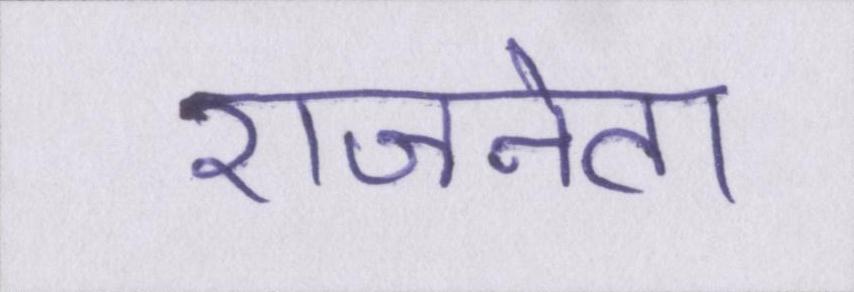
राजनेता